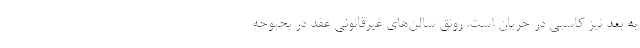
به بعد نیز کاسبی در جریان است. رونق سالن‌های غیرقانونی عقد در بحبوحه